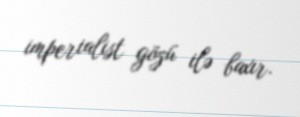
imperialist gözü ilə baxır.